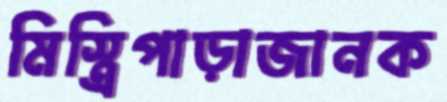
মিস্ত্রিপাড়াজানক